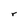
Character: r